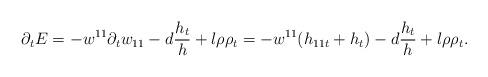
LaTeX: \begin{align*}\partial_{t}E=-w^{11}\partial_{t}w_{11}-d\frac{h_{t}}{h}+l\rho\rho_{t}=-w^{11}(h_{11t}+h_{t})-d\frac{h_{t}}{h}+l\rho\rho_{t}.\end{align*}